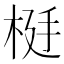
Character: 𬂹